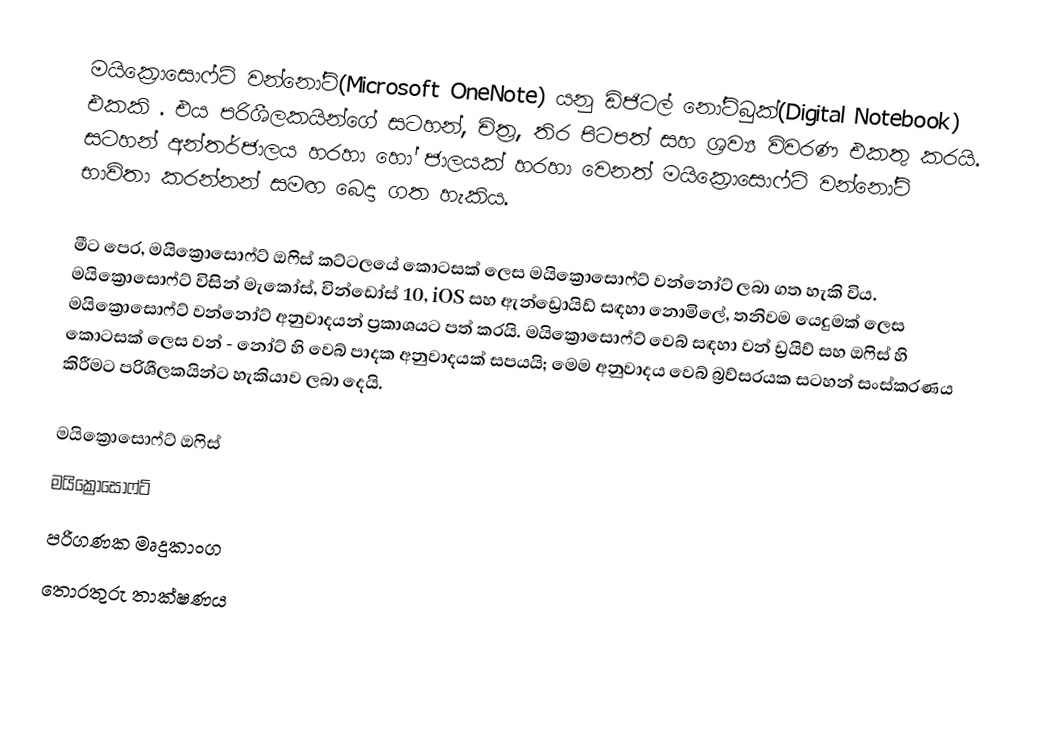
මයික්‍රොසොෆ්ට් වන්නෝට්(Microsoft OneNote) යනු ඩිජිටල් නෝට්බුක්(Digital Notebook) එකකි . එය පරිශීලකයින්ගේ සටහන්, චිත්‍ර, තිර පිටපත් සහ ශ්‍රව්‍ය විවරණ එකතු කරයි. සටහන් අන්තර්ජාලය හරහා හෝ ජාලයක් හරහා වෙනත් මයික්‍රොසොෆ්ට් වන්නෝට් භාවිතා කරන්නන් සමඟ බෙදා ගත හැකිය.

මීට පෙර, මයික්‍රොසොෆ්ට් ඔෆිස් කට්ටලයේ කොටසක් ලෙස මයික්‍රොසොෆ්ට් වන්නෝට් ලබා ගත හැකි විය. මයික්‍රොසොෆ්ට් විසින් මැකෝස්, වින්ඩෝස් 10, iOS සහ ඇන්ඩ්‍රොයිඩ් සඳහා නොමිලේ, තනිවම යෙදුමක් ලෙස මයික්‍රොසොෆ්ට් වන්නෝට් අනුවාදයන් ප්‍රකාශයට පත් කරයි.  මයික්‍රොසොෆ්ට් වෙබ් සඳහා වන් ඩ්‍රයිව් සහ ඔෆිස් හි කොටසක් ලෙස වන් - නෝට් හි වෙබ් පාදක අනුවාදයක් සපයයි; මෙම අනුවාදය වෙබ් බ්‍රව්සරයක සටහන් සංස්කරණය කිරීමට පරිශීලකයින්ට හැකියාව ලබා දෙයි.

මයික්‍රොසොෆ්ට් ඔෆිස්
මයික්‍රෝසොෆ්ට්
පරිගණක මෘදුකාංග
තොරතුරු තාක්ෂණය